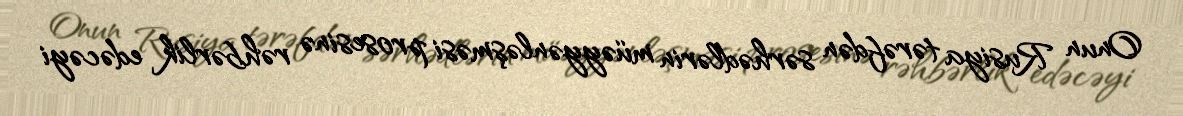
Onun Rusiya tərəfdən sərhədlərin müəyyənləşməsi prosesinə rəhbərlik edəcəyi